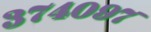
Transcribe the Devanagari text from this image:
३७४०९७